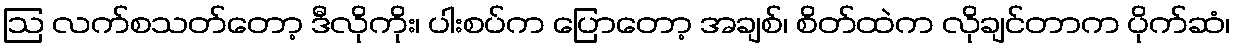
ဩ လက်စသတ်တော့ ဒီလိုကိုး၊ ပါးစပ်က ပြောတော့ အချစ်၊ စိတ်ထဲက လိုချင်တာက ပိုက်ဆံ၊